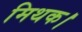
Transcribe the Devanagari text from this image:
मिथक।